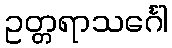
ဥတ္တရာသင်္ဂေါ